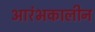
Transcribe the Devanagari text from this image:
आरंभकालीन